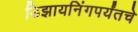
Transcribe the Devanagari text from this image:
डिझायनिंगपर्यंतचे